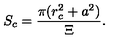
S _ { c } = \frac { \pi ( r _ { c } ^ { 2 } + a ^ { 2 } ) } { \Xi } .